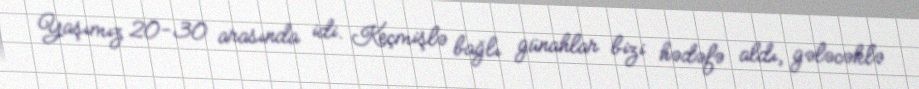
Yaşımız 20-30 arasında idi. Keçmişlə bağlı günahlar bizi hədəfə aldı, gələcəklə